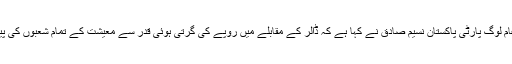
09 دسمبر2018ء) مرکزی چیئرمین عام لوگ پارٹی پاکستان نسیم صادق نے کہا ہے کہ ڈالر کے مقابلے میں روپے کی گرتی ہوئی قدر سے معیشت کے تمام شعبوں کی پیداواری لاگت میں بہت اضافہ ہو جائیگا۔